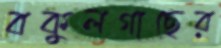
বকুলগাছের